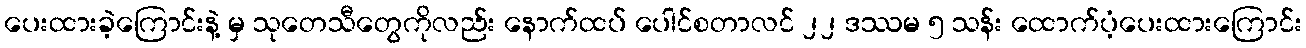
ပေးထားခဲ့ကြောင်းနဲ့ မှ သုတေသီတွေကိုလည်း နောက်ထပ် ပေါင်စတာလင် ၂၂ ဒဿမ ၅ သန်း ထောက်ပံ့ပေးထားကြောင်း